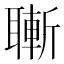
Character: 𦗝